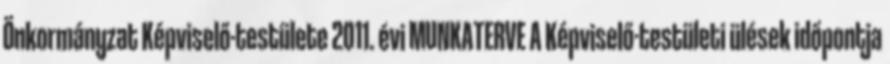
Önkormányzat Képviselő-testülete 2011. évi MUNKATERVE A Képviselő-testületi ülések időpontja